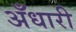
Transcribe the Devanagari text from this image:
अँधारी